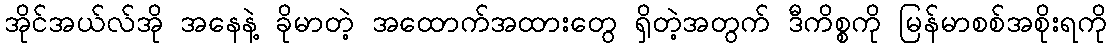
အိုင်အယ်လ်အို အနေနဲ့ ခိုမာတဲ့ အထောက်အထားတွေ ရှိတဲ့အတွက် ဒီကိစ္စကို မြန်မာစစ်အစိုးရကို